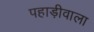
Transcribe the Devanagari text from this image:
पहाड़ीवाला